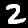
Digit: 2